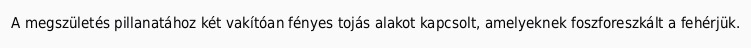
A megszületés pillanatához két vakítóan fényes tojás alakot kapcsolt, amelyeknek foszforeszkált a fehérjük.